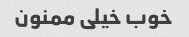
خوب خیلی ممنون